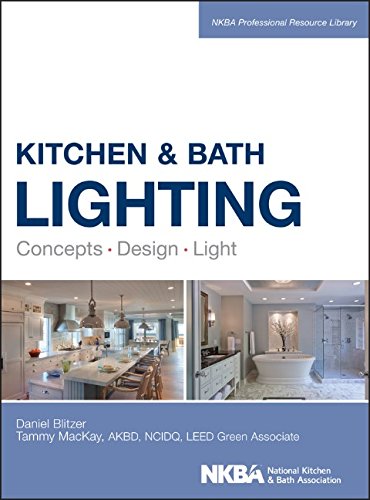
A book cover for Kitchen and Bath Lighting: Concept, Design, Light (NKBA Professional Resource Library); Dan Blitzer; Science & Math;